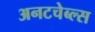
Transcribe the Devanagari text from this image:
अनटचेब्ल्स